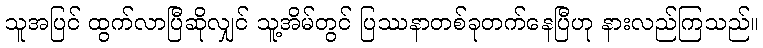
သူအပြင် ထွက်လာပြီဆိုလျှင် သူ့အိမ်တွင် ပြဿနာတစ်ခုတက်နေပြီဟု နားလည်ကြသည်။